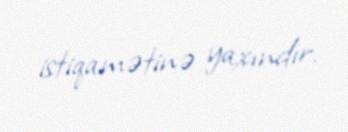
istiqamətinə yaxındır.